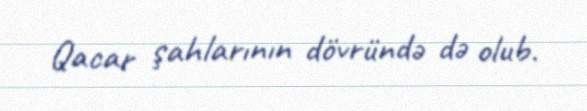
Qacar şahlarının dövründə də olub.